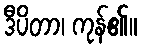
ဒီပိတာ၊ ကုန်၏။